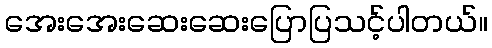
အေးအေးဆေးဆေးပြောပြသင့်ပါတယ်။